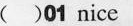
( )01nice